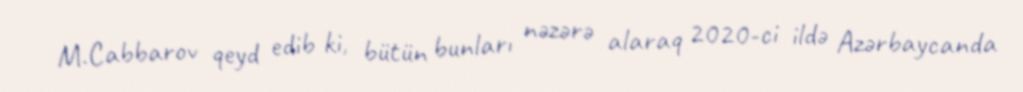
M.Cabbarov qeyd edib ki, bütün bunları nəzərə alaraq 2020-ci ildə Azərbaycanda